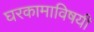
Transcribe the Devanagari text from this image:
घरकामाविषयी